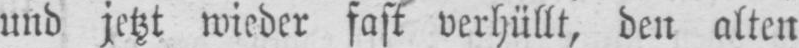
und jetzt wieder fast verhüllt, den alten